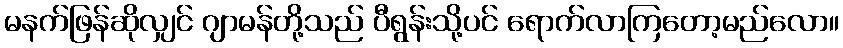
မနက်ဖြန်ဆိုလျှင် ဂျာမန်တို့သည် ပီရွန်းသို့ပင် ရောက်လာကြတော့မည်လော။